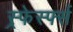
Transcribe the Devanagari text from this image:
स्र्फेर्स्फ्स